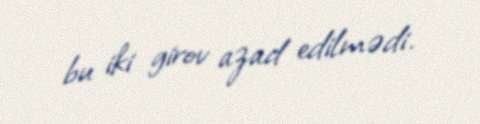
bu iki girov azad edilmədi.